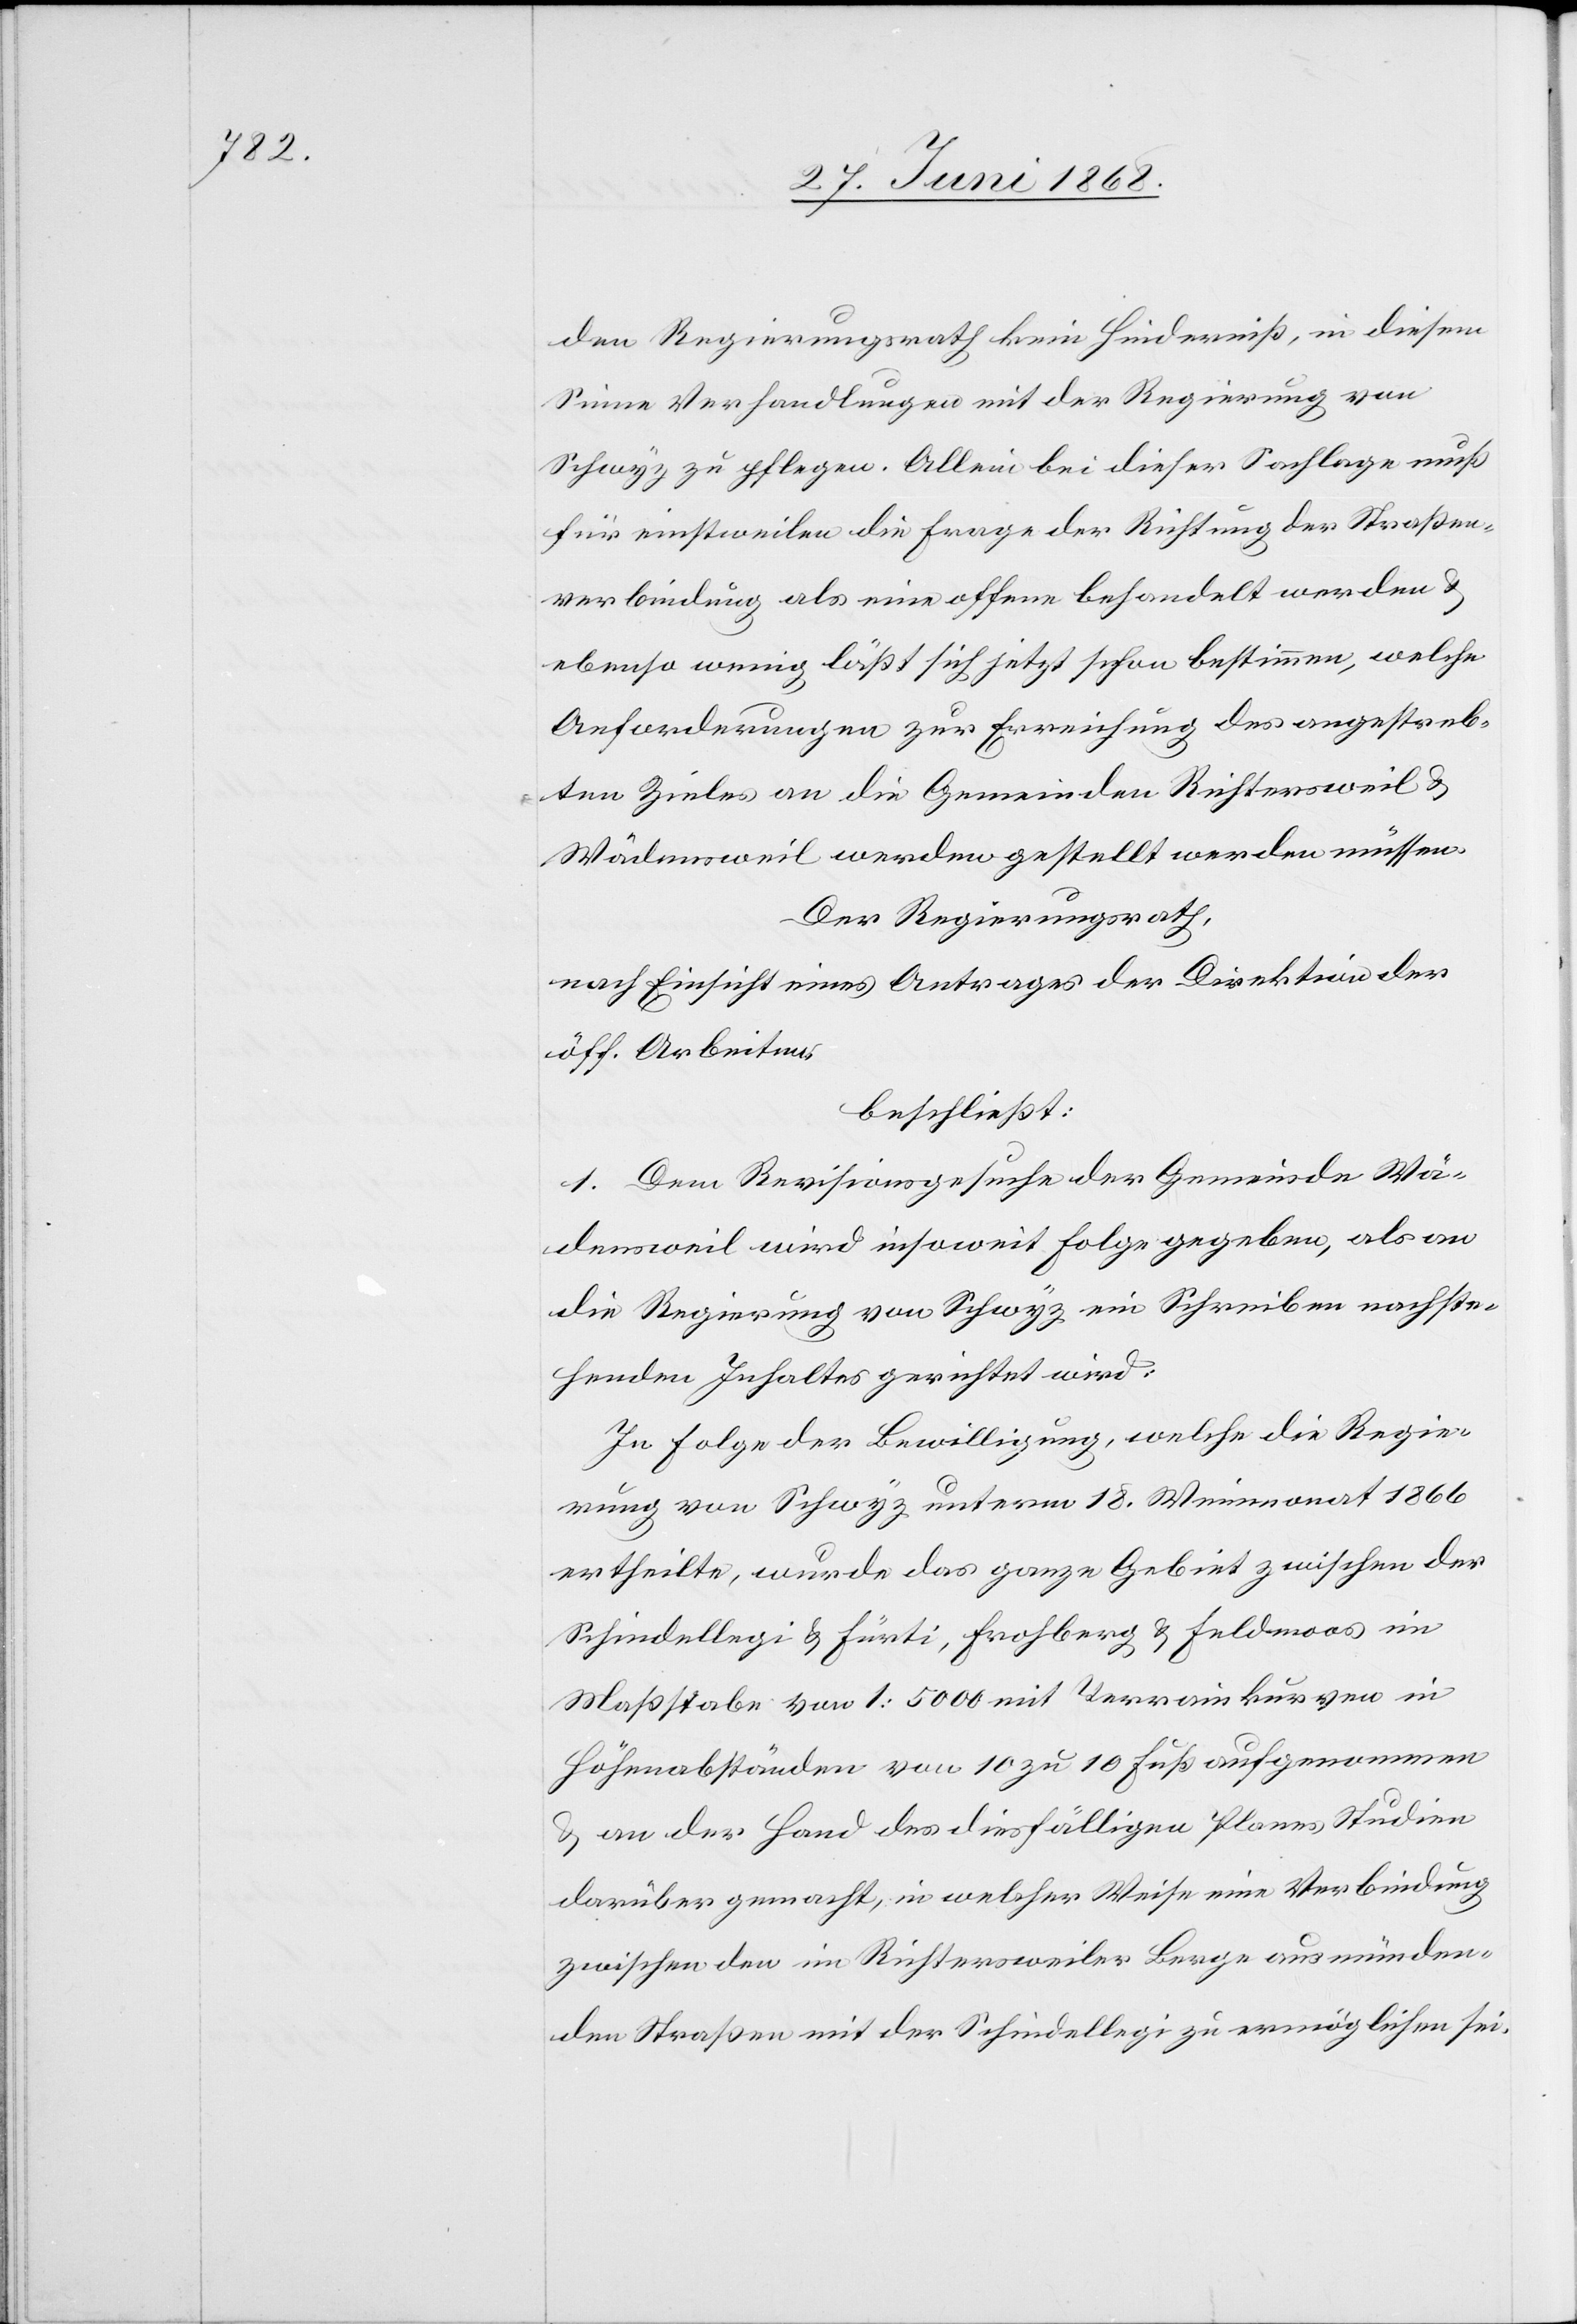
Regierungsrath kein Hinderniß, in diesem
Sinne Verhandlungen mit der Regierung von
Schwyz zu pflegen. Allein bei dieser Sachlage muß
für einstweilen die Frage der Richtung der Straßen¬
verbindung als eine offene behandelt werden &
ebenso wenig läßt sich jetzt schon bestimmen, welche
Anforderungen zur Erreichung des angestreb¬
ten Zieles an die Gemeinden Richtersweil &
Wädensweil werden gestellt werden müssen.
Der Regierungsrath,
nach Einsicht eines Antrages der Direktion der
öff. Arbeiten,
beschließt:
1. Dem Revisionsgesuche der Gemeinde Wä¬
densweil wird insoweit Folge gegeben, als an
die Regierung von Schwyz ein Schreiben nachste¬
henden Inhaltes gerichtet wird:
In Folge der Bewilligung, welche die Regie¬
rung von Schwyz unterm 18. Weinmonat 1866
ertheilte, wurde das ganze Gebiet zwischen der
Schindellegi & Fürti, Frohberg & Feldmoos im
Maßstabe von 1 : 5000 mit Terrainkurven in
Höhenabständen von 10 zu 10 Fuß aufgenommen
& an der Hand des diesfälligen Planes Studien
darüber gemacht, in welcher Weise eine Verbindung
zwischen den im Richtersweiler Berge ausmünden¬
den Straßen mit der Schindellegi zu ermöglichen sei.